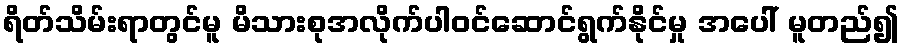
ရိတ်သိမ်းရာတွင်မူ မိသားစုအလိုက်ပါဝင်ဆောင်ရွက်နိုင်မှု အပေါ် မူတည်၍